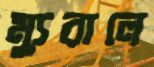
ম্যুরালে